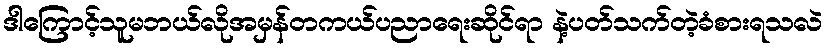
ဒါကြောင့်သူမဘယ်လိုအမှန်တကယ်ပညာရေးဆိုင်ရာ နဲ့ပတ်သက်တဲ့ခံစားရသလဲ